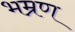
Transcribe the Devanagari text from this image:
भम्रण